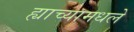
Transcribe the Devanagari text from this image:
ह्याच्यामधले